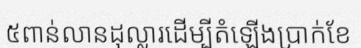
៥ពាន់លានដុល្លារដើម្បីតំឡើងប្រាក់ខែ